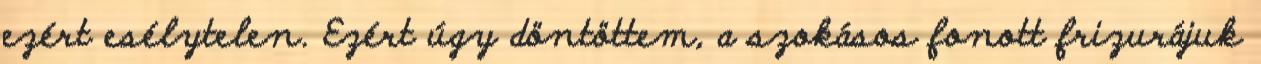
ezért esélytelen. Ezért úgy döntöttem, a szokásos fonott frizurájuk